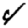
Digit: 4